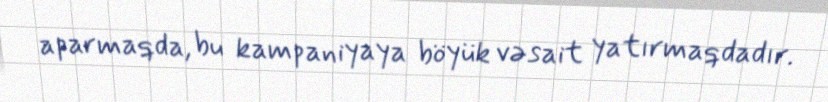
aparmaqda, bu kampaniyaya böyük vəsait yatırmaqdadır.